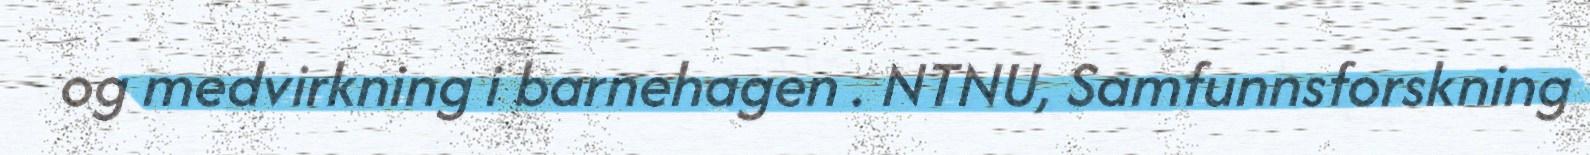
og medvirkning i barnehagen . NTNU, Samfunnsforskning